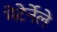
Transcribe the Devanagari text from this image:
मेटेर्नेले